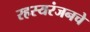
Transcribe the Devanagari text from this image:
रहस्यरंजनचे